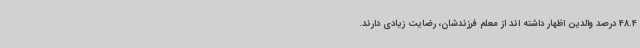
48.4 درصد والدین اظهار داشته اند از معلم فرزندشان، رضایت زیادی دارند.